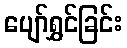
ပျော်ရွှင်ခြင်း